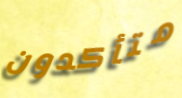
متأكدون